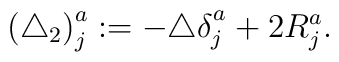
\left( \triangle _{2}\right) _{j}^{a}:=-\triangle \delta_{j}^{a_{{}}^{{}}}+2R_{j}^{a}.